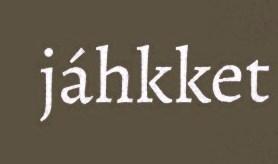
jáhkket